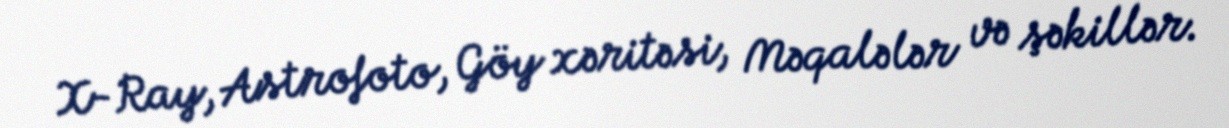
X-Ray, Astrofoto, Göy xəritəsi, Məqalələr və şəkillər.